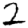
Digit: 2